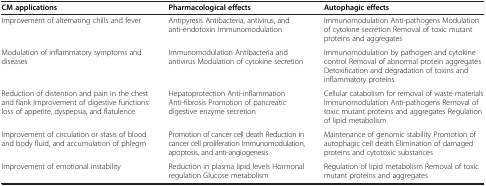
<table><thead><tr><td><b>CM applications</b></td><td><b>Pharmacological effects</b></td><td><b>Autophagic effects</b></td></tr></thead><tbody><tr><td>Improvement of alternating chills and fever</td><td>Antipyresis Antibacteria, antivirus, and anti-endotoxin Immunomodulation</td><td>Immunomodulation Anti-pathogens Modulation of cytokine secretion Removal of toxic mutant proteins and aggregates</td></tr><tr><td>Modulation of inflammatory symptoms and diseases</td><td>Immunomodulation Antibacteria and antivirus Modulation of cytokine secretion</td><td>Immunomodulation by pathogen and cytokine control Removal of abnormal protein aggregates Detoxification and degradation of toxins and inflammatory proteins</td></tr><tr><td>Reduction of distention and pain in the chest and flank Improvement of digestive functions: loss of appetite, dyspepsia, and flatulence</td><td>Hepatoprotection Anti-inflammation Anti-fibrosis Promotion of pancreatic digestive enzyme secretion</td><td>Cellular catabolism for removal of waste materials Immunomodulation Anti-pathogens Removal of toxic mutant proteins and aggregates Regulation of lipid metabolism</td></tr><tr><td>Improvement of circulation or stasis of blood and body fluid, and accumulation of phlegm</td><td>Promotion of cancer cell death Reduction in cancer cell proliferation Immunomodulation, apoptosis, and anti-angiogenesis</td><td>Maintenance of genomic stability Promotion of autophagic cell death Elimination of damaged proteins and cytotoxic substances</td></tr><tr><td>Improvement of emotional instability</td><td>Reduction in plasma lipid levels Hormonal regulation Glucose metabolism</td><td>Regulation of lipid metabolism Removal of toxic mutant proteins and aggregates</td></tr></tbody></table>